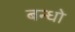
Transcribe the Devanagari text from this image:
बन्धो